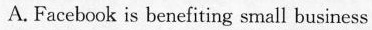
A. Facebook is benefiting small busiress